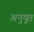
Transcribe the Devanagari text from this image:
अनुदूत